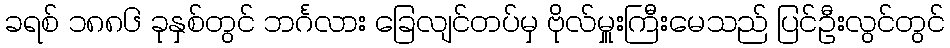
ခရစ် ၁၈၈၆ ခုနှစ်တွင် ဘင်္ဂလား ခြေလျင်တပ်မှ ဗိုလ်မှူးကြီးမေသည် ပြင်ဦးလွင်တွင်